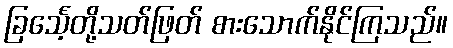
ခြင်္သေ့တို့သတ်ဖြတ် စားသောက်နိုင်ကြသည်။